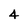
Character: 4